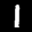
Label: 1